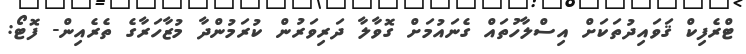
ޓްރެފިކް ޤަވައިދުތަކަށް އިސްލާހުތައް ގެނައުމަށް ގޮވާލާ ދަރިވަރުން ކުރަމުންދާ މުޒާހަރާގެ ތެރެއިން- ފޮޓޯ: